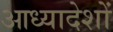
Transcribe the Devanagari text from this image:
आध्यादेशों